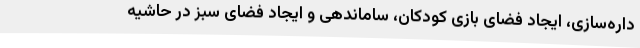
داره‌سازی، ایجاد فضای بازی کودکان، ساماندهی و ایجاد فضای سبز در حاشیه